Bréfritari: Klemens Björnsson
Viðtakandi: Jón Borgfirðings Jónsson
Dagsetning: A-1850-08-25
Skrifað á: Bjarteyjarsandi  Borg.

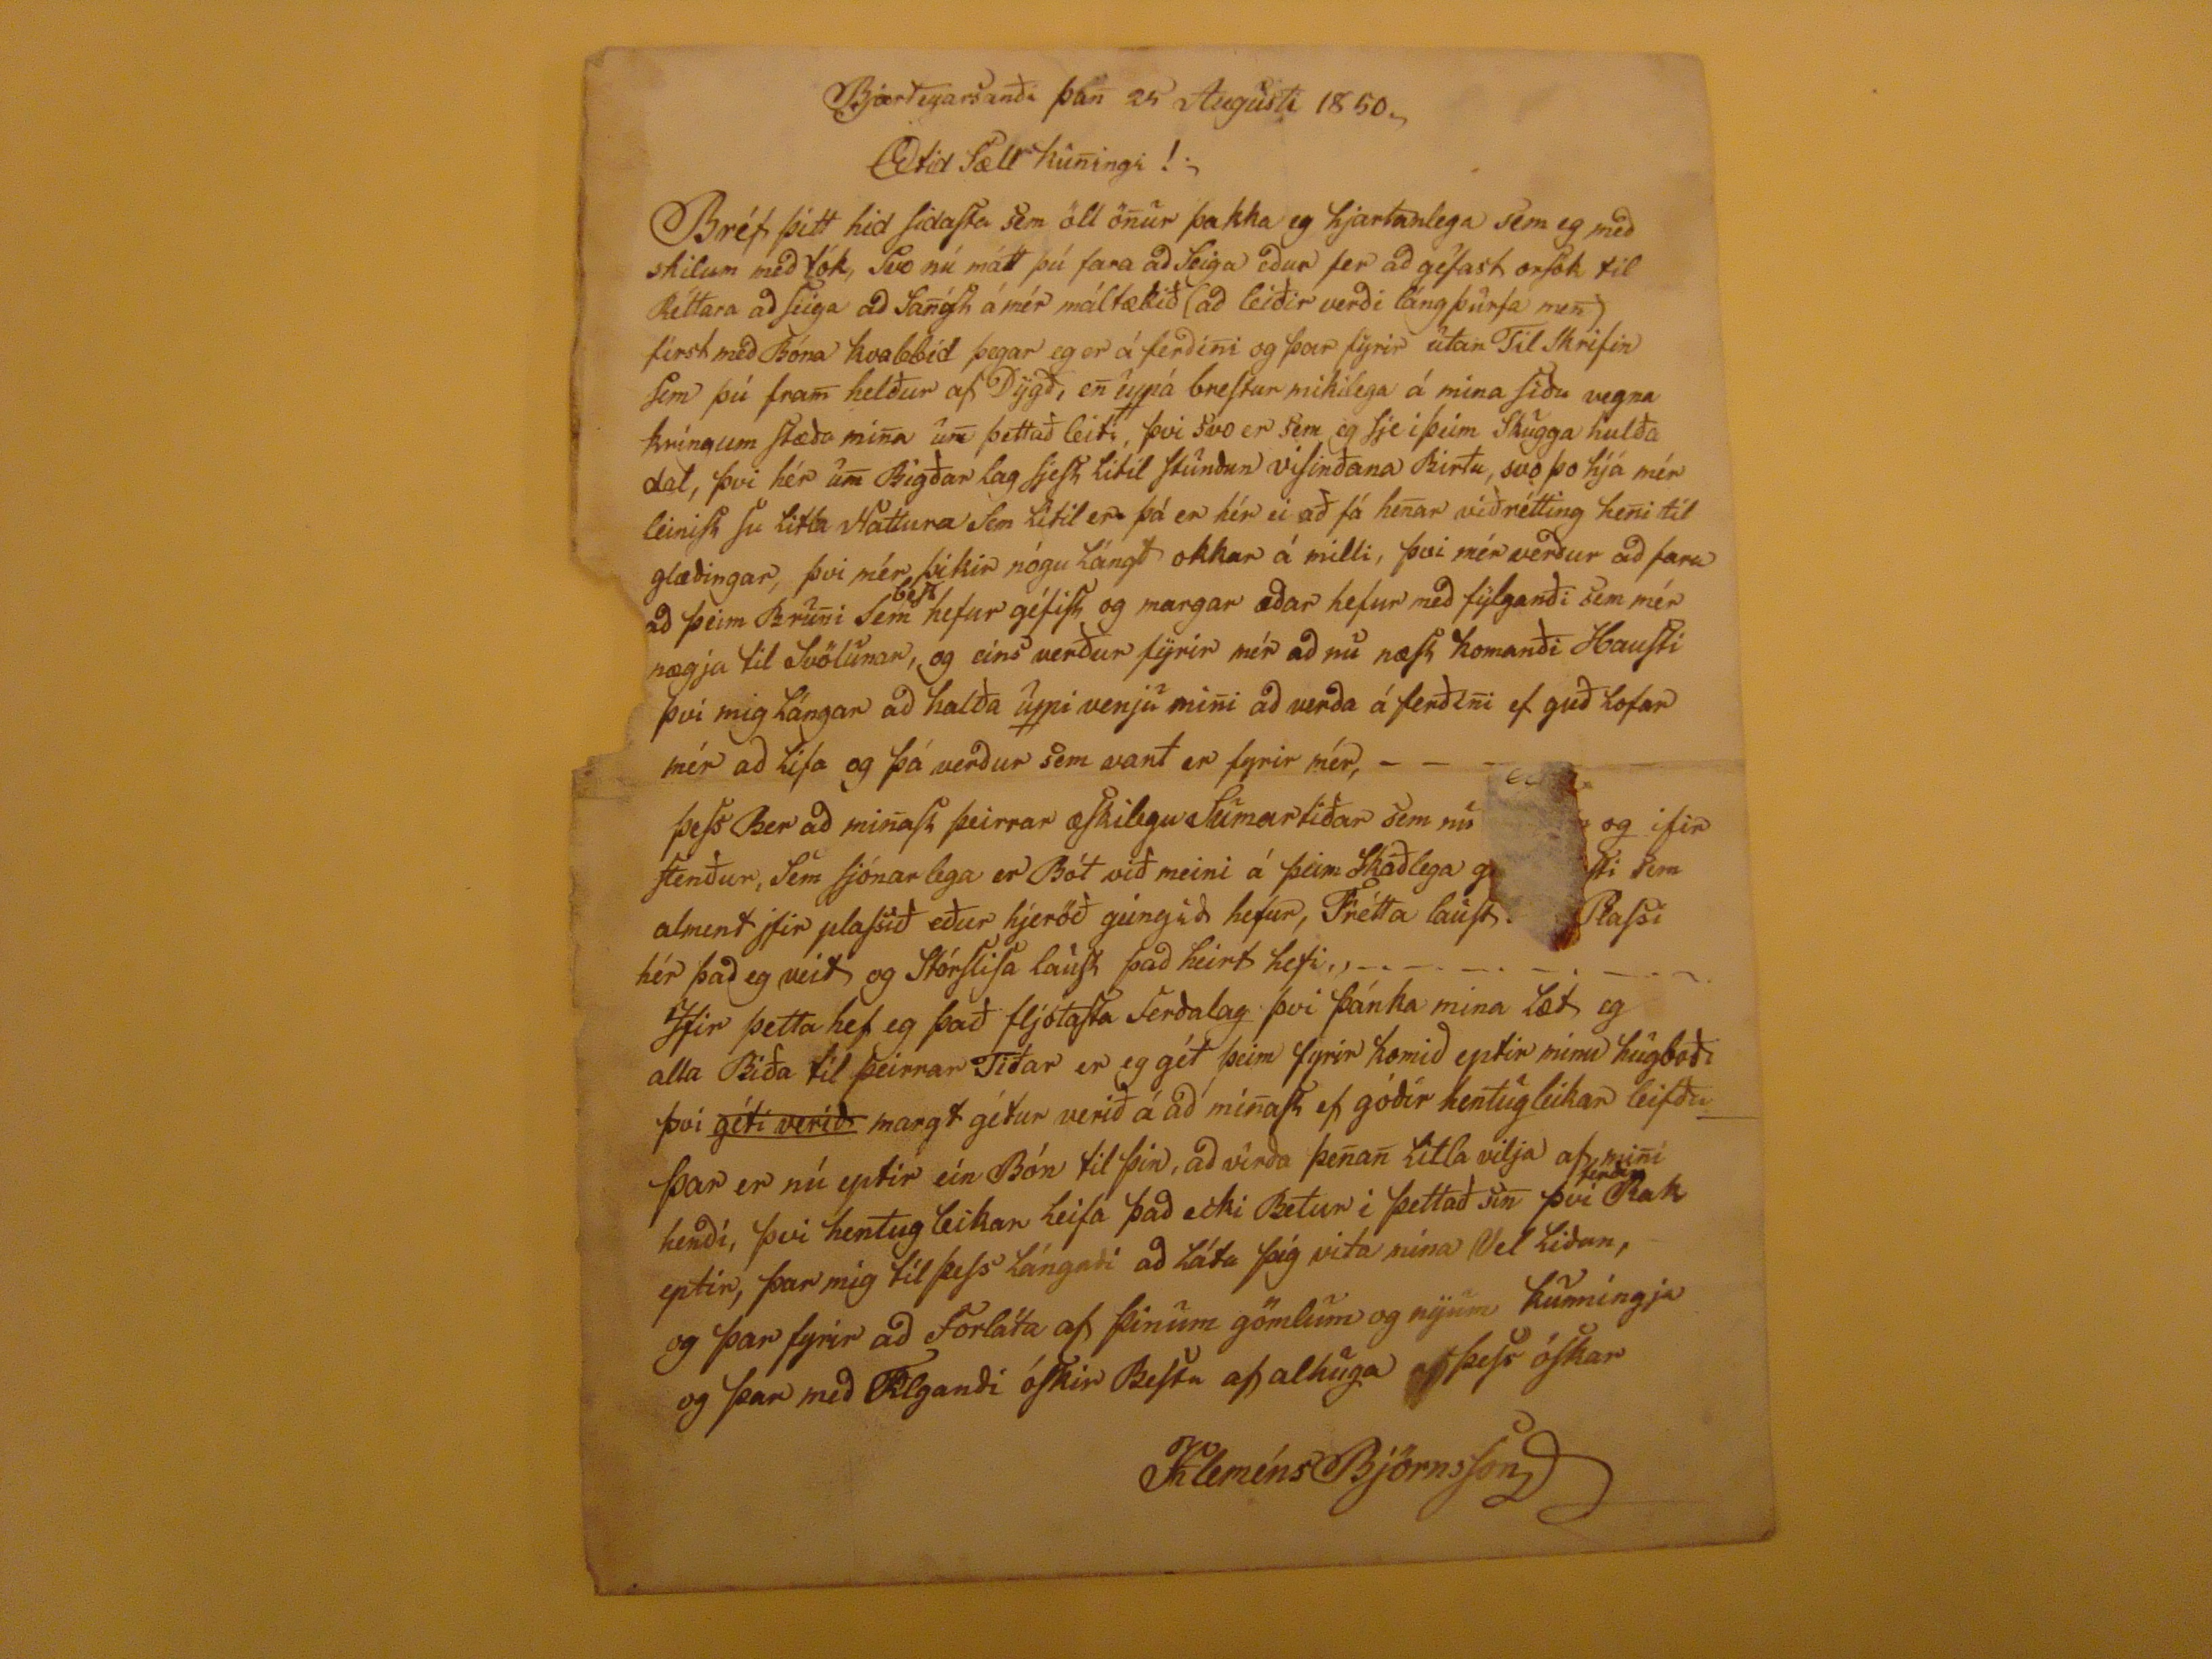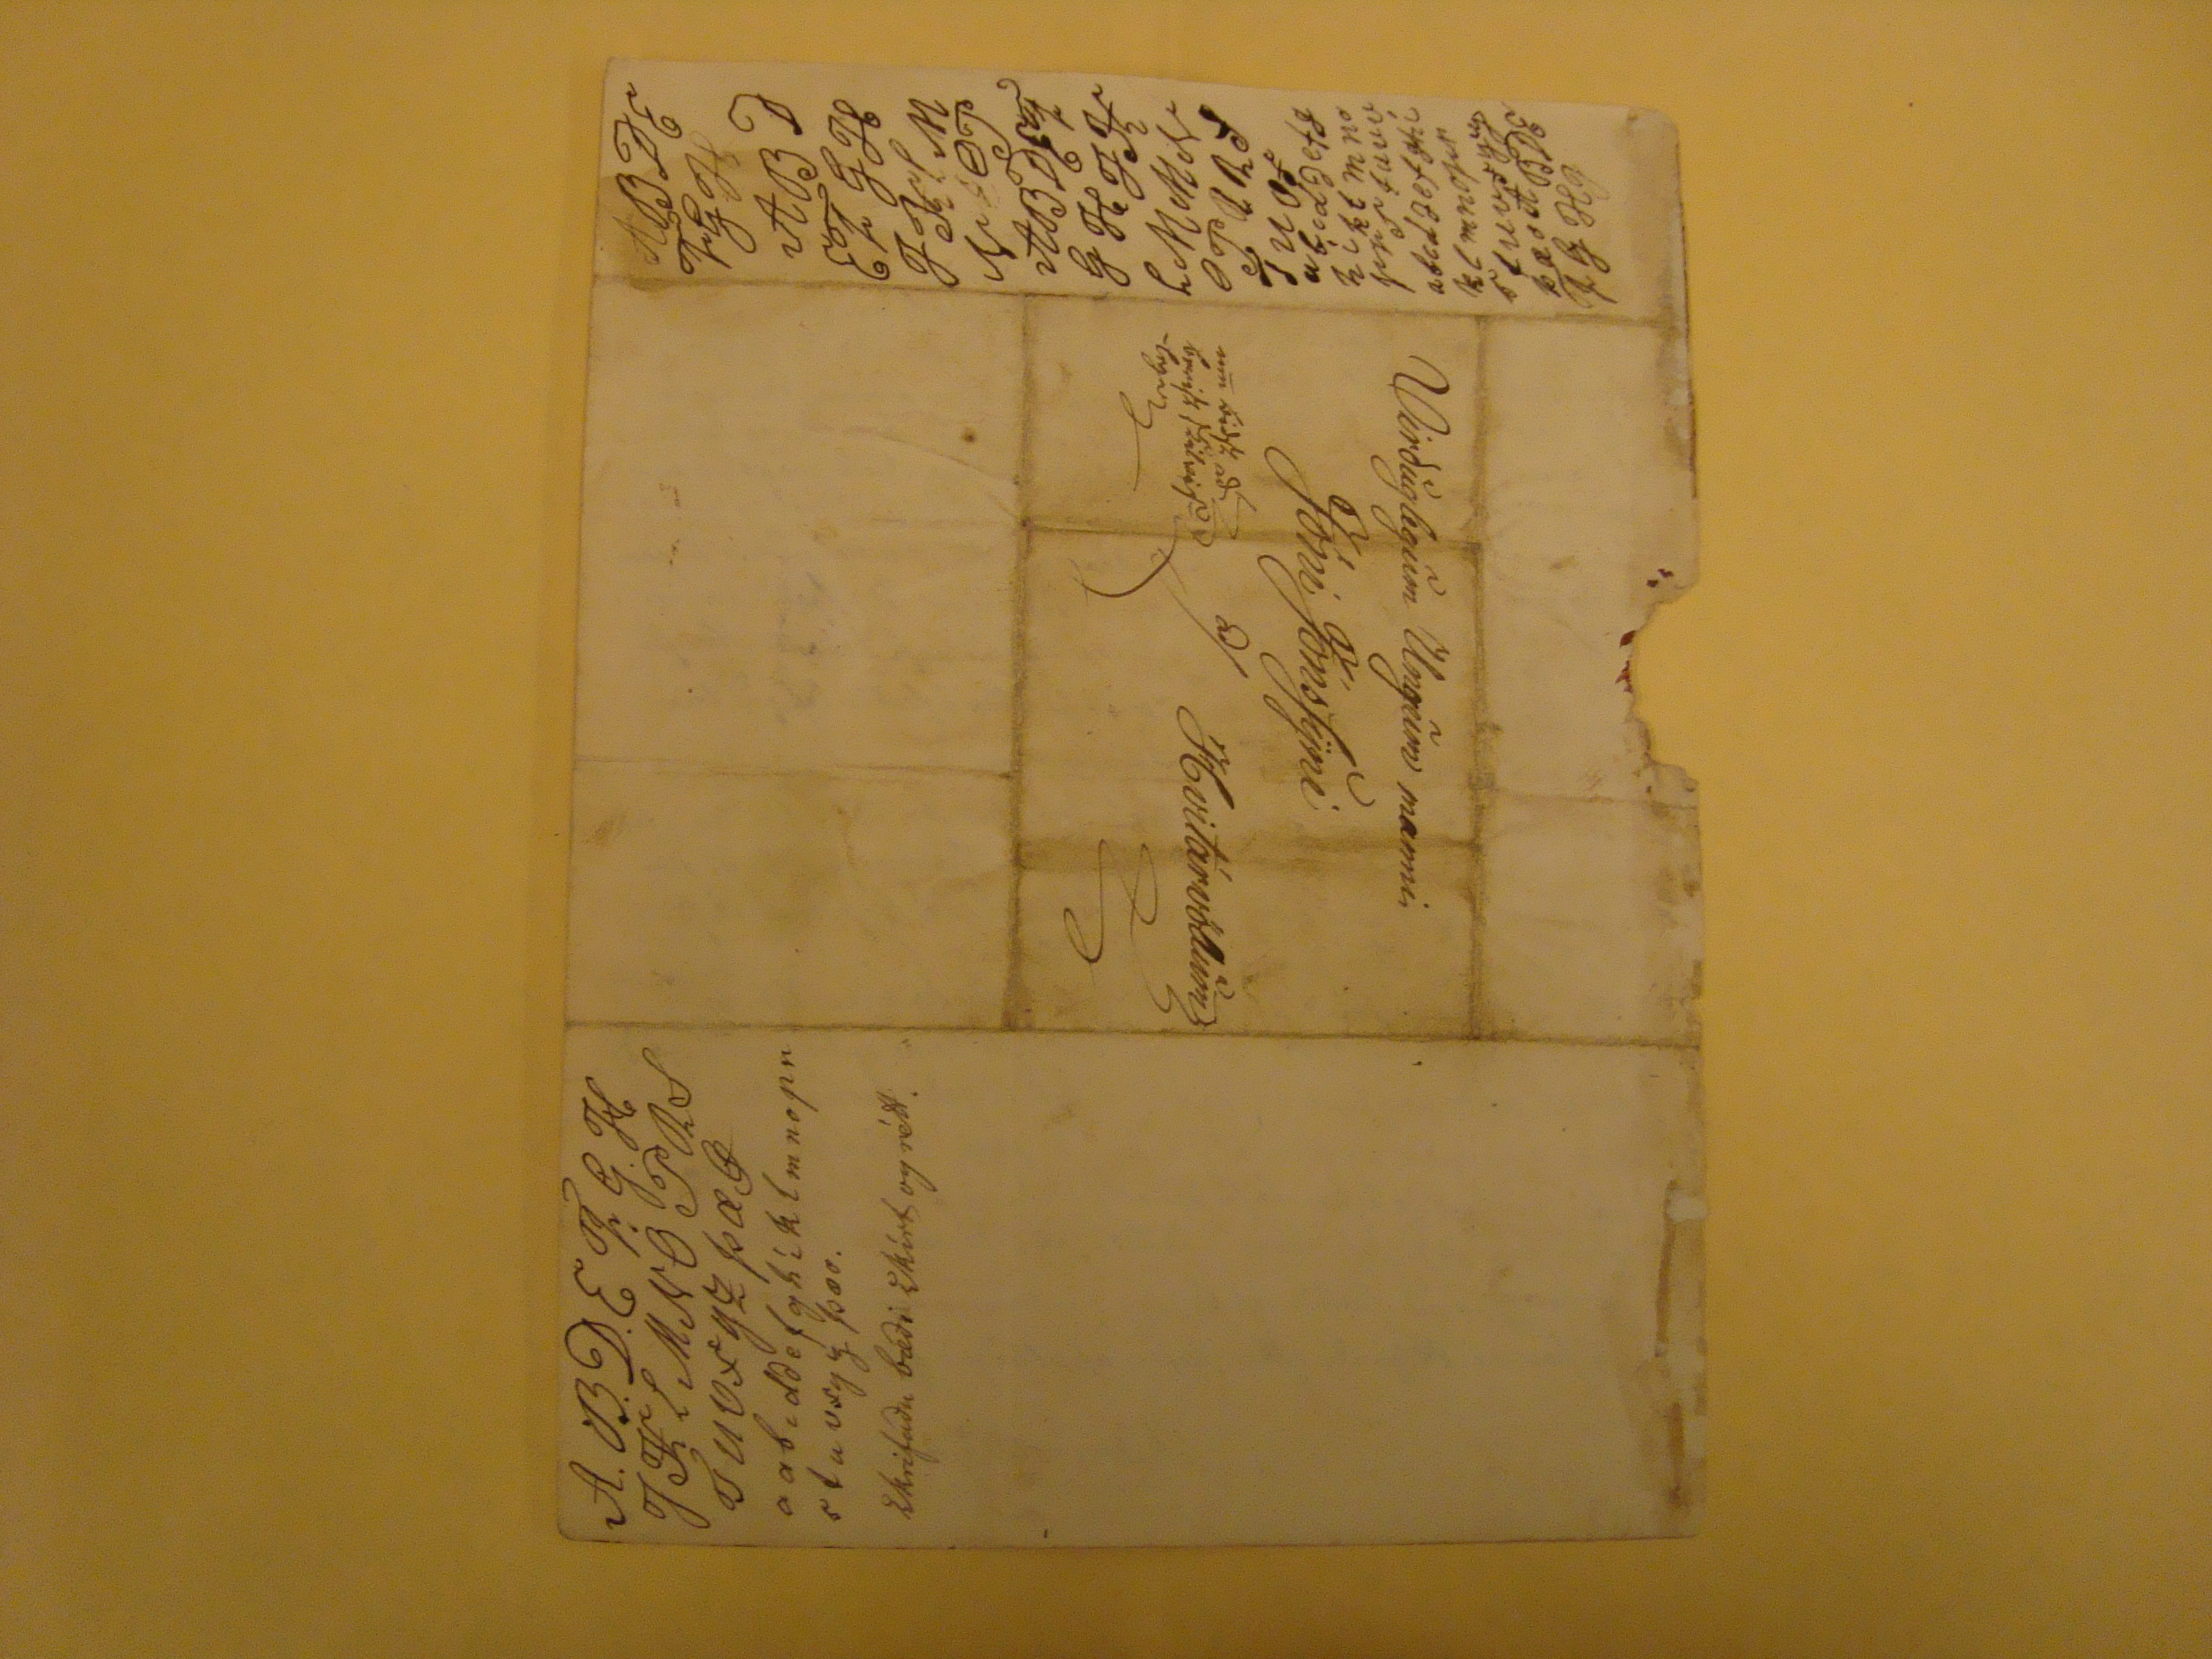

Bjarteyarsanði þan 25 Augusti 1850
Ætid sæll kuningi!
Bréf þitt hid sidasta sem öll önur þakka eg hjartanlega sem eg með skilum með tók, svo nú mátt þú fara að seiga eður fer að gefast orsök til Réttara að seiga að
sangt
á mér máltækið (að leiðir verði lángþurfa men) first með Bóna kvabbið þegar er er á ferðini og þar fyrir utan Til skrifin sem þú fram helður af Dygð, en uppá brestur mikilega á mina siðu vegna kringum stæða mina um þettað leiti, þvi svo er sem eg sje í þeim skugga hulða dal, þvi hér um Bigðar lag sjest litil stunðun visinðana Birtu, svo þo hjá mér leinist su litla Nattura sem litil er þá er hér ei að fá henar viðrétting heni til glæðingar, þvi mér þikir nógu lángt okkar á milli, þvi mér verður að fara að þeim Bruni sem
best
hefur géfist og margar
aðar
hefur með fylganði sem mér nægja til svölunar, og eins verður fyrir mér að nu næst komanði Hausti þvi mig lángar að halða uppi venju mini að verða á ferðini ef guð lofar mér að lifa og þá verður sem vant er fyrir mér, - - - Þess Ber að minast þeirrar æskilegu Sumartiðar sem nú
???
og ifir stenður, sem sjónarlega er Bót við meini á þeim skaðlega
g???
sem alment jfir plassið eður hjeröð geingið hefur, Frétta laust
???
Plassi hér það eg veit og stórslisa laust það heirt hefi,-.-.-.-. Hjer þetta hef eg það fljótasta ferðalag þvi þánka mina læt eg alla Biða til þeirrar Tiðar er eg gét þeim fyrir komið eptir minu hugboði þvi
géti verið
margt gétur verið á að minast ef góðir hentugleikar leifðu Þar er nú eptir ein Bón til þin, að virða þenan litla vilja af mini henði, þvi hentug leikar leifa það ecki Betur i þettað sin þvi
Bak
eptir, þar mig til þess lángaði að láta þig vita
nína
Vel liðan, og þar fyrir að forláta af þinum gömlum og nyum kunningja og þar með
Filganði
óskir Bestu af alhuga
af
þess óskar
KleménsBjörnsson
Virðuglegum Ungum manni
Jóni Jónssyni
að/ Hvitárvöllum
um biðst að berist skilvislega